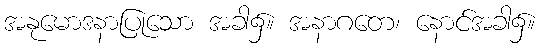
အနုမောဒနာပြုသော အခါ၌။ အနာဂတေ၊ နောင်အခါ၌။